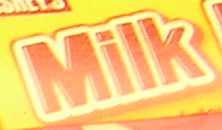
Milk